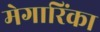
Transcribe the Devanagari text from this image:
मेगारिंका